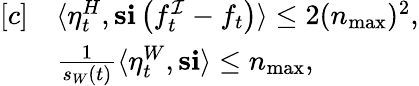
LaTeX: \begin{array}{rl}{[c]}&{\langle\eta_{t}^{H},\mathbf{s}\mathbf{i}\left(f_{t}^{\mathcal{I}}-f_{t}\right)\rangle\leq 2(n_{\operatorname*{max}})^{2},}\\ &{\frac{1}{s_{W}(t)}\langle\eta_{t}^{W},\mathbf{s}\mathbf{i}\rangle\leq n_{\operatorname*{max}},}\end{array}